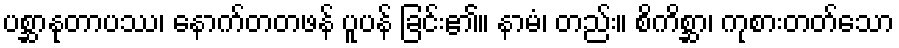
ပစ္ဆာနုတာပဿ၊ နောက်တတဖန် ပူပန် ခြင်း၏။ နာမံ၊ တည်း။ စိကိစ္ဆာ၊ ကုစားတတ်သော